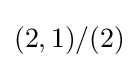
(2,1)/(2)